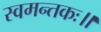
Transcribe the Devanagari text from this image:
स्वमन्तकः॥